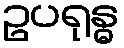
ဥပရုန္ဓ